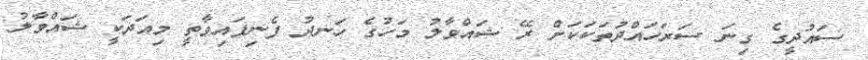
ސައުދީގެ ގިނަ ސަރަހައްދުތަކަކަށް ރޭ ޝައްވާލު މަހުގެ ހަނދު ފެނިފައިވާތީ މިއަދަކީ ޝައްވާލު